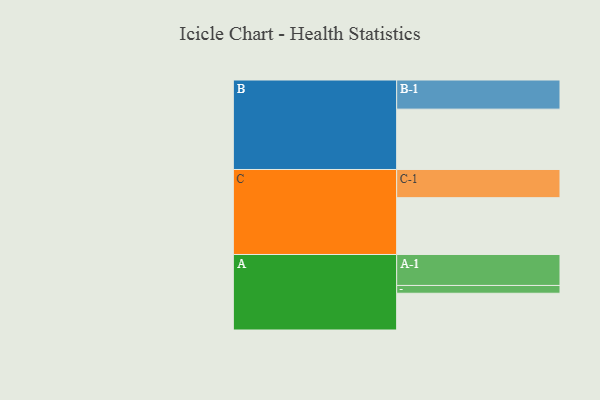
{"axis": {"x": "Segment", "y": "Value"}, "legend": ["", "A", "B", "C"], "data": [{"x": "A", "y": 344, "type": ""}, {"x": "B", "y": 565, "type": ""}, {"x": "C", "y": 532, "type": ""}, {"x": "A-1", "y": 290, "type": "A"}, {"x": "A-2", "y": 73, "type": "A"}, {"x": "B-1", "y": 273, "type": "B"}, {"x": "C-1", "y": 264, "type": "C"}]}